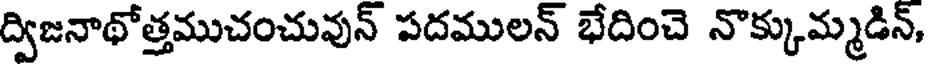
ద్విజనాథోత్తముచంచువున్ పదములన్ భేదించె నొక్కుమ్మడిన్,